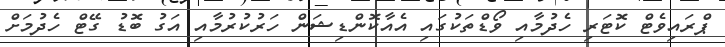
ޕްރައިވެޓް ކޮޓަރި ހެދުމާއި ވޯޑްތަކުގައި އެއާކޮންޑިޝަން ހަރުކުރުމާއި އަގު ބޮޑު ގޭޓް ހެދުމަށް